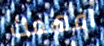
افهمك